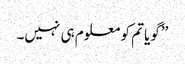
’’گویا تم کو معلوم ہی نہیں۔